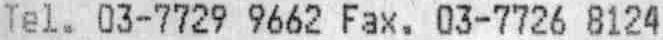
TEL. 03-7729 9662 FAX. 03-7726 8124